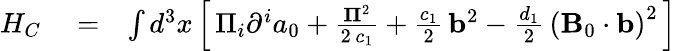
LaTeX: \begin{array}{rlr}{{H_{C}}}&{{}=}&{\int{{d^{3}}x}\left[\, {{\Pi_{i}}{\partial^{i}}{a_{0}}+\frac{{{{\mathbf\Pi}^{2}}}}{{2\, {c_{1}}}}+\frac{{{c_{1}}}}{2}\, {{\mathbf b}^{2}}-\frac{{{d_{1}}}}{2}\, {{\left({{\mathbf B}_{0}\cdot{\mathbf b}}\right)}^{2}}}\, \right]}\end{array}